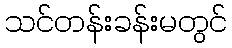
သင်တန်းခန်းမတွင်